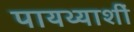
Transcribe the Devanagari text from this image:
पायथ्याशीं